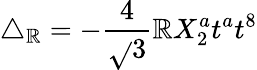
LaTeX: \triangle_{\mathbb{R}}=-\frac{{4}}{{\sqrt{}{{3}}}}\mathbb{R}X_{2}^{a}t^{a}t^{8}